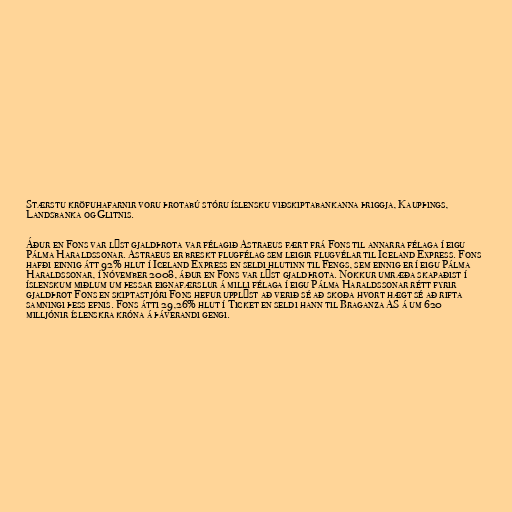
Stærstu kröfuhafarnir voru þrotabú stóru íslensku viðskiptabankanna þriggja, Kaupþings,
Landsbanka og Glitnis.

Áður en Fons var lýst gjaldþrota var félagið Astraeus fært frá Fons til annarra félaga í eigu
Pálma Haraldssonar. Astraeus er breskt flugfélag sem leigir flugvélar til Iceland Express. Fons
hafði einnig átt 92% hlut í Iceland Express en seldi hlutinn til Fengs, sem einnig er í eigu Pálma
Haraldssonar, í nóvember 2008, áður en Fons var lýst gjaldþrota. Nokkur umræða skapaðist í
íslenskum miðlum um þessar eignafærslur á milli félaga í eigu Pálma Haraldssonar rétt fyrir
gjaldþrot Fons en skiptastjóri Fons hefur upplýst að verið sé að skoða hvort hægt sé að rifta
samningi þess efnis. Fons átti 29,26% hlut í Ticket en seldi hann til Braganza AS á um 620
milljónir íslenskra króna á þáverandi gengi.